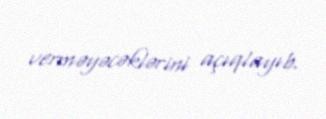
verməyəcəklərini açıqlayıb.